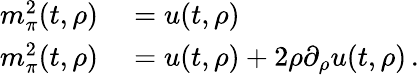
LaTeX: \begin{array}{rl}{m_{\pi}^{2}(t,\rho)}&{{}=u(t,\rho)}\\ {m_{\pi}^{2}(t,\rho)}&{{}=u(t,\rho)+2\rho\partial_{\rho}u(t,\rho)\, .}\end{array}